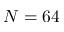
N = 6 4